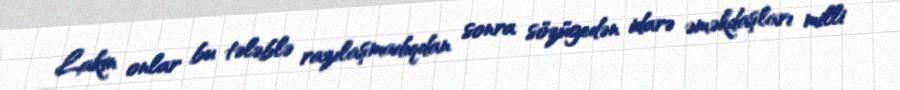
Lakin onlar bu tələblə razılaşmadıqdan sonra sözügedən idarə əməkdaşları milli